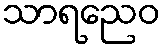
သာရညေဝ